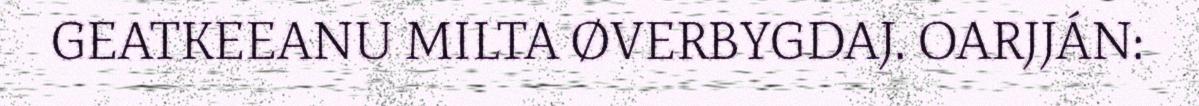
GEATKEEANU MILTA ØVERBYGDAJ. OARJJÁN: